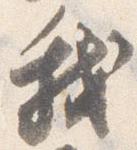
我